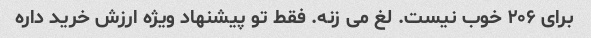
برای ۲۰۶ خوب نیست. لغ می زنه. فقط تو پیشنهاد ویژه ارزش خرید داره